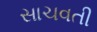
સાચવતી